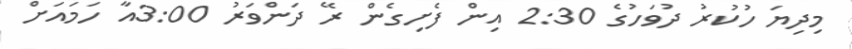
މިދިޔަ ހުކުރު ދުވަހުގެ 2:30 އިން ފެށިގެން ރޭ ދަންވަރު 3:00އާ ހަމައަށް